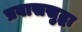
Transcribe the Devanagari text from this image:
प्रवाससुद्धा